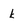
Character: k